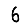
Digit: 6